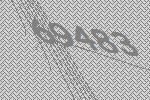
69483